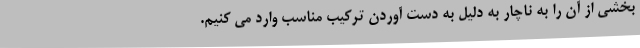
بخشی از آن را به ناچار به دلیل به دست آوردن ترکیب مناسب وارد می کنیم.